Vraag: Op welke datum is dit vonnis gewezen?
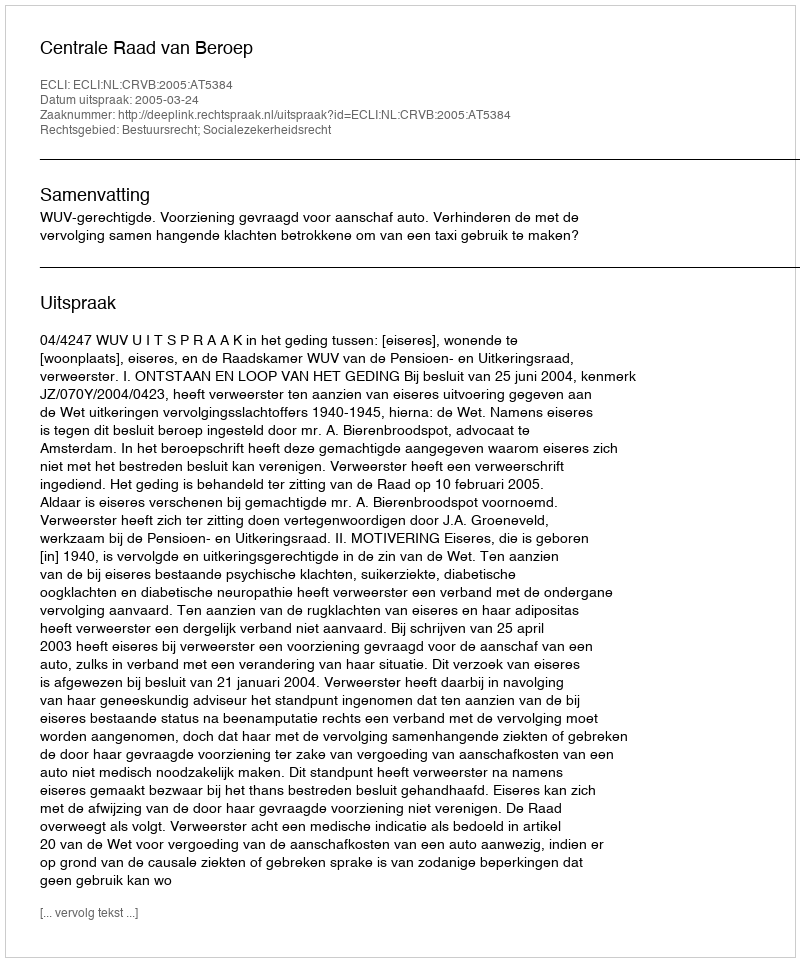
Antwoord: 2005-03-24